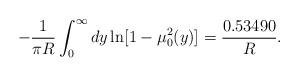
\begin{align*}-\frac{1}{\pi R}\int _0^{\infty}dy\ln[1-\mu _0^2(y)] =\frac{0.53490}{R}{.}\end{align*}